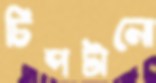
চিপটানো